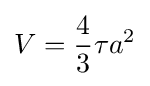
V={\frac {4}{3}}\tau a^{2}